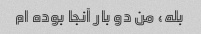
بله، من دو بار آنجا بوده ام